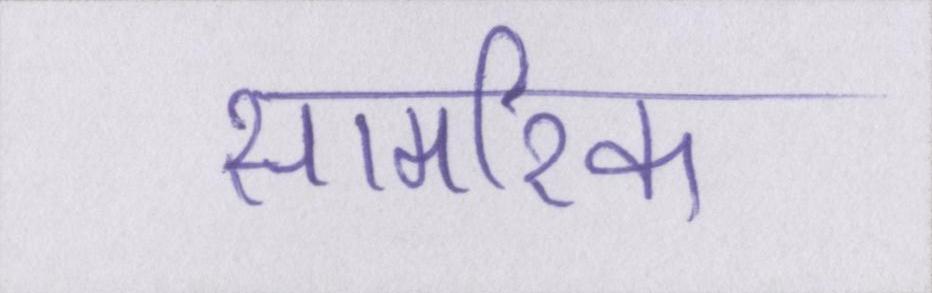
सामरिक